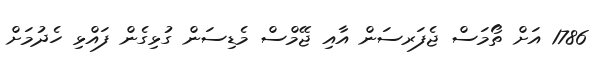
1786 އަށް ތޯމަސް ޖެފަރސަން އާއި ޖޭމްސް މެޑިސަން ގުޅިގެން ފައްޅި ހެދުމަށް